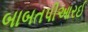
બાબતપીઆરઈ